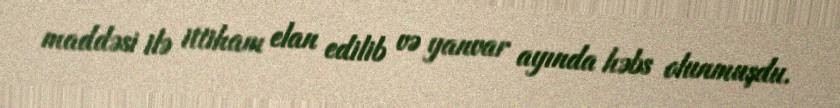
maddəsi ilə ittiham elan edilib və yanvar ayında həbs olunmuşdu.